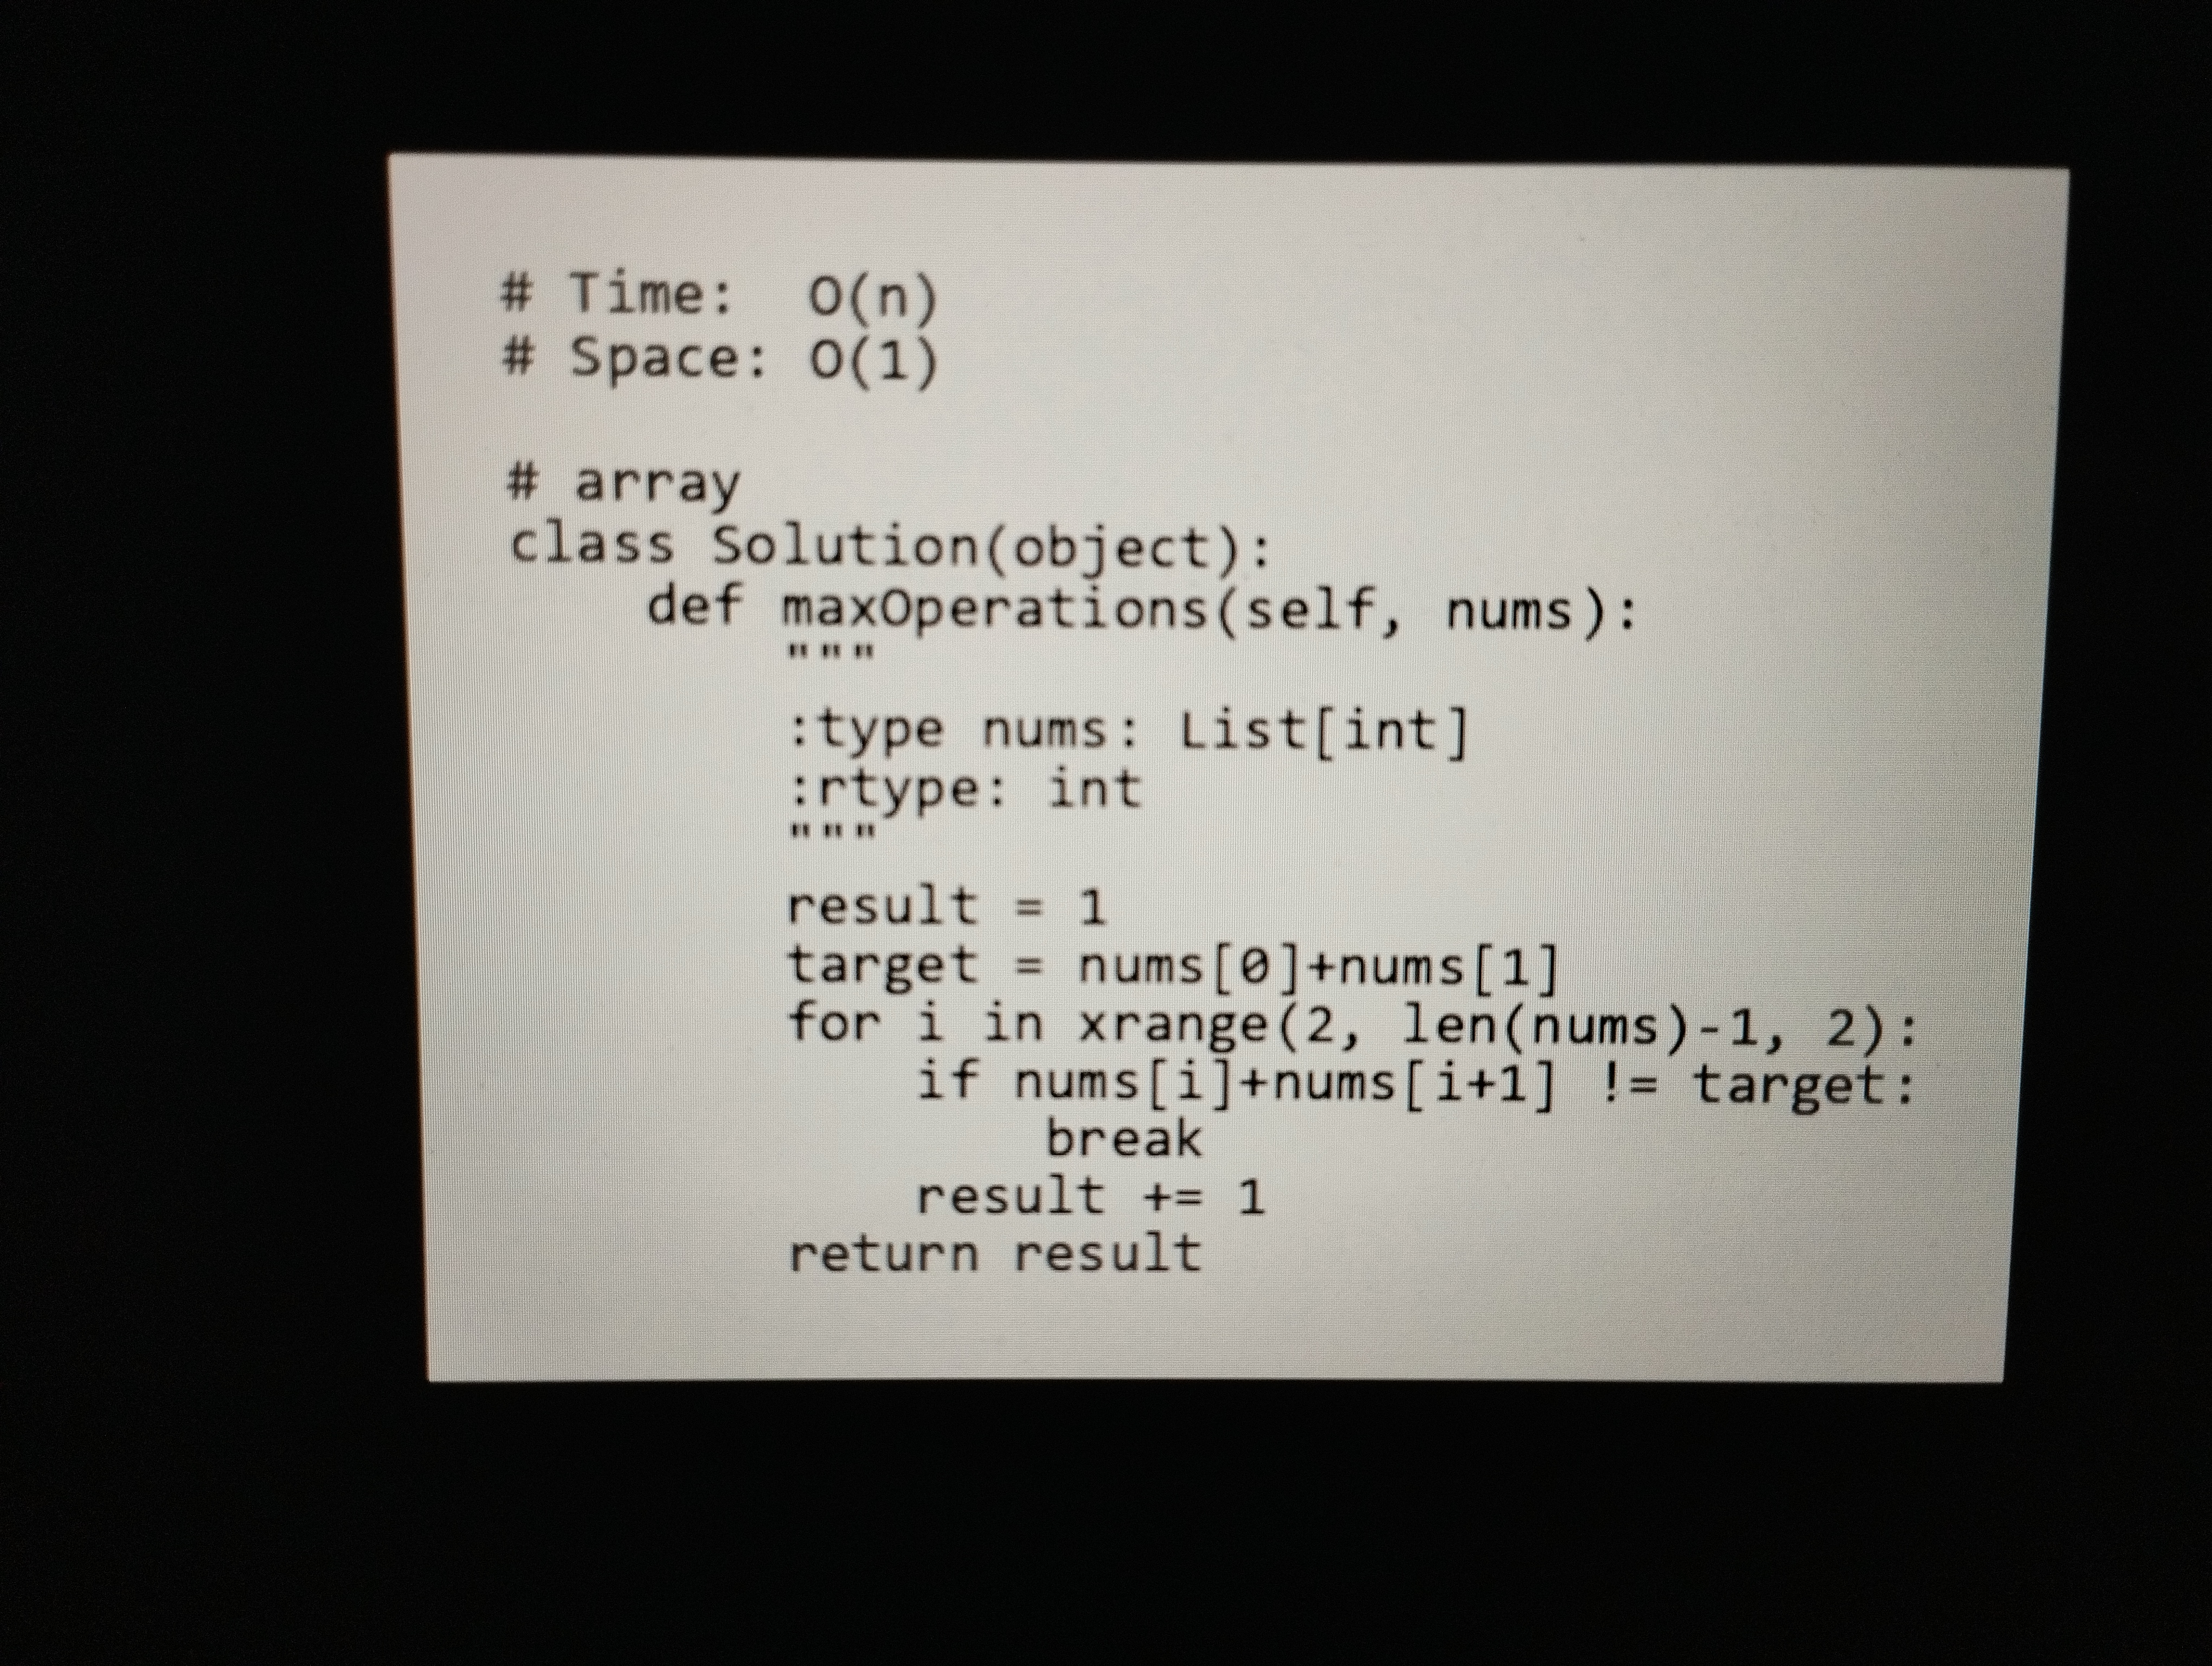
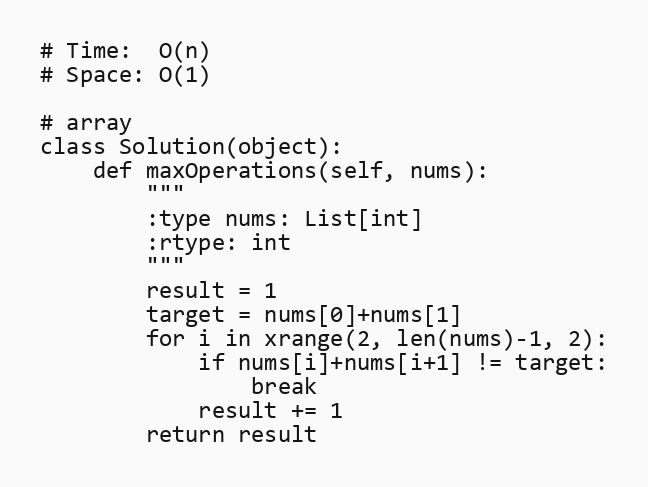
# Time:  O(n)
# Space: O(1)

# array
class Solution(object):
    def maxOperations(self, nums):
        """
        :type nums: List[int]
        :rtype: int
        """
        result = 1
        target = nums[0]+nums[1]
        for i in xrange(2, len(nums)-1, 2):
            if nums[i]+nums[i+1] != target:
                break
            result += 1
        return result